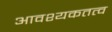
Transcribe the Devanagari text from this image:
आवश्यकतत्व